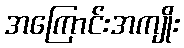
အကြောင်းအကျိုး